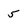
Character: 5